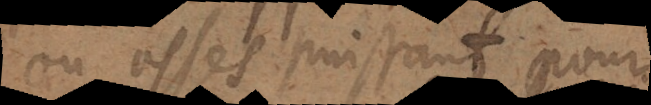
ou asses puissant pour